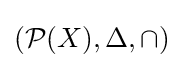
({\mathcal {P}}(X),\Delta ,\cap )